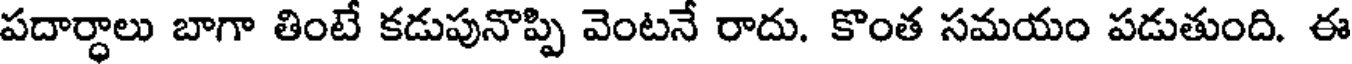
పదార్ధాలు బాగా తింటే కడుపునొప్పి వెంటనే రాదు. కొంత సమయం పడుతుంది. ఈ